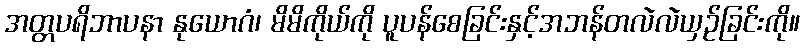
အတ္တပရိဘာပနာ နုယောဂံ၊ မိမိကိုယ်ကို ပူပန်စေခြင်းနှင့်အဘန်တလဲလဲယှဉ်ခြင်းကို။